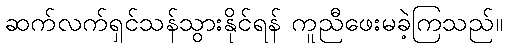
ဆက်လက်ရှင်သန်သွားနိုင်ရန် ကူညီဖေးမခဲ့ကြသည်။